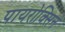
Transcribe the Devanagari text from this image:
पायरोक्सिन